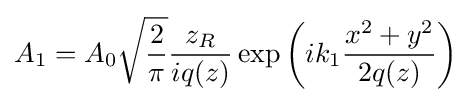
A_{1}=A_{0}{\sqrt {\frac {2}{\pi }}}{\frac {z_{R}}{iq(z)}}\exp \left(ik_{1}{\frac {x^{2}+y^{2}}{2q(z)}}\right)